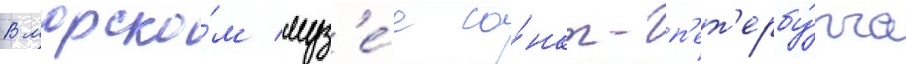
В морско́м муз'е́е са́нкт-п'ет'ербу́рга